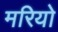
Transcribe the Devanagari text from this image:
मरियो